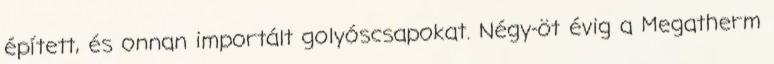
épített, és onnan importált golyóscsapokat. Négy-öt évig a Megatherm